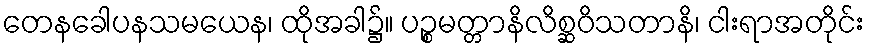
တေနခေါပနသမယေန၊ ထိုအခါ၌။ ပဉ္စမတ္တာနိလိစ္ဆဝိသတာနိ၊ ငါးရာအတိုင်း